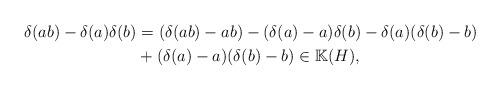
LaTeX: \begin{align*}\delta(ab)-\delta(a)\delta(b)&=(\delta(ab)-ab)-(\delta(a)-a)\delta(b)-\delta(a)(\delta(b)-b)\\&+(\delta(a)-a)(\delta(b)-b)\in\mathbb K(H),\end{align*}